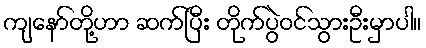
ကျနော်တို့ဟာ ဆက်ပြီး တိုက်ပွဲဝင်သွားဦးမှာပါ။